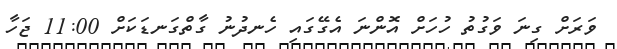
ވަރަށް ގިނަ ވަގުތު ހުހަށް އޮންނަ އެގޭގައި ހެނދުނު ގާތްގަނޑަކަށް 11:00 ޖަހާ